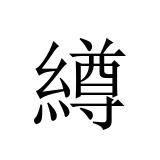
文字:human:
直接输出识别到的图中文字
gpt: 繜